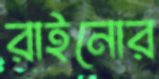
রাইনোর